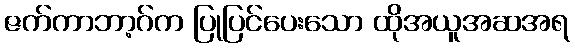
ဇက်ကာဘာ့ဂ်က ပြုပြင်ပေးသော ထိုအယူအဆအရ